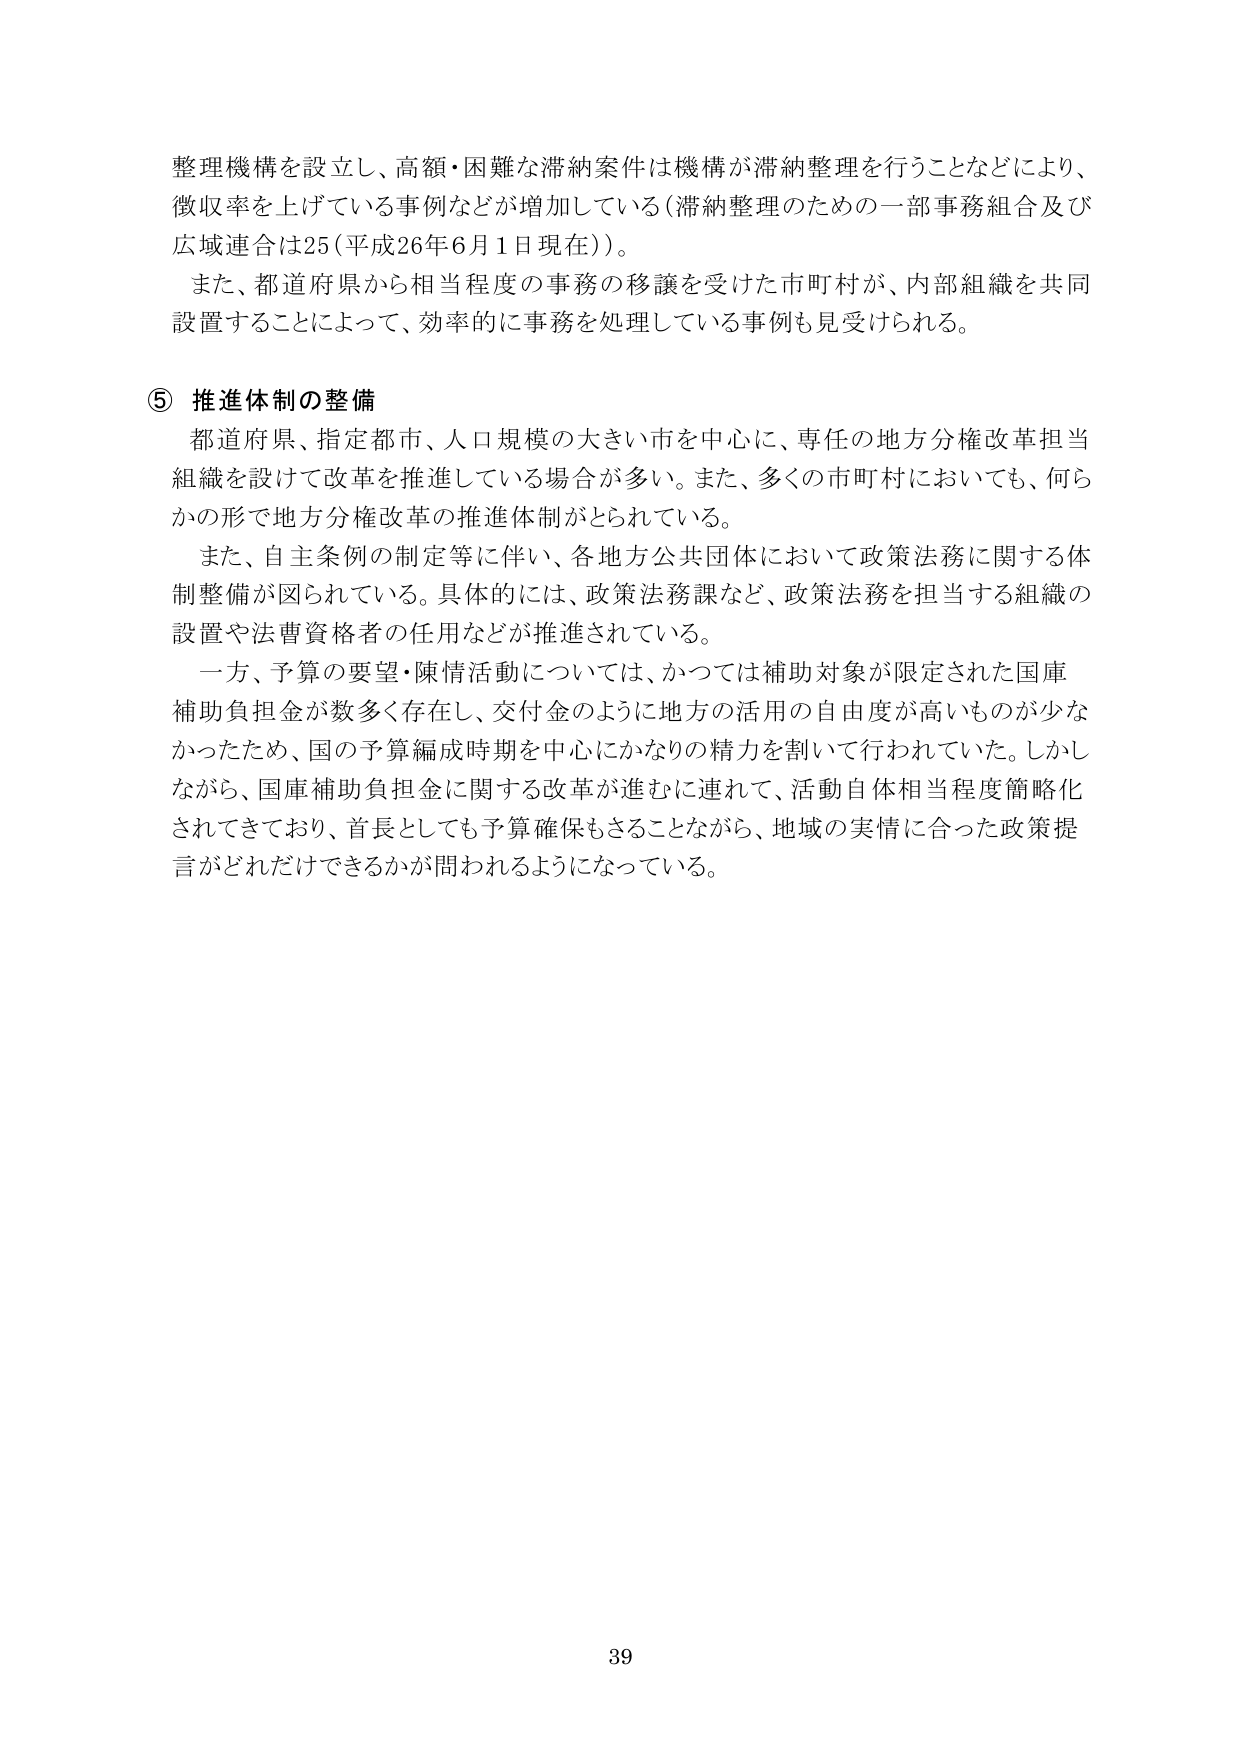
整理機構を設立し、高額・困難な滞納案件は機構が滞納整理を行うことなどにより、
徴収率を上げている事例などが増加している（滞納整理のための一部事務組合及び
広域連合は25（平成26年6月1日現在））。
また、都道府県から相当程度の事務の移譲を受けた市町村が、内部組織を共同
設置することによって、効率的に事務を処理している事例も見受けられる。

⑤ 推進体制の整備
都道府県、指定都市、人口規模の大きい市を中心に、専任の地方分権改革担当
組織を設けて改革を推進している場合が多い。また、多くの市町村においても、何ら
かの形で地方分権改革の推進体制がとられている。
また、自主条例の制定等に伴い、各地方公共団体において政策法務に関する体
制整備が図られている。具体的には、政策法務課など、政策法務を担当する組織の
設置や法曹資格者の任用などが推進されている。
一方、予算の要望・陳情活動については、かつては補助対象が限定された国庫
補助負担金が数多く存在し、交付金のように地方の活用の自由度が高いものが少な
かったため、国の予算編成時期を中心にかなりの精力を割いて行われていた。しかし
ながら、国庫補助負担金に関する改革が進むに連れて、活動自体相当程度簡略化
されてきており、首長としても予算確保もさることながら、地域の実情に合った政策提
言がどれだけできるかが問われるようになっている。

39